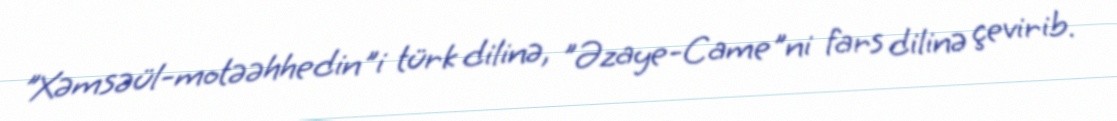
"Xəmsəül-motəəhhedin"i türk dilinə, "Əzaye-Came"ni fars dilinə çevirib.